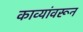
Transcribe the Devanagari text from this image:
काव्यांवरून